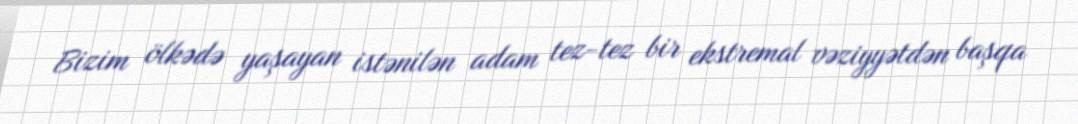
Bizim ölkədə yaşayan istənilən adam tez-tez bir ekstremal vəziyyətdən başqa